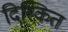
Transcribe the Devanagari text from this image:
दिस्कित